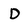
Character: D